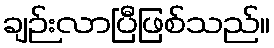
ချဉ်းလာပြီဖြစ်သည်။